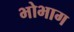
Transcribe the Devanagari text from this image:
भोभाग